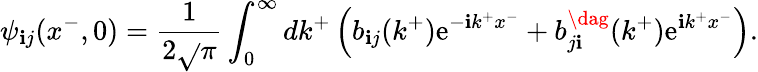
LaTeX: \psi_{\mathbf{i}j}(x^{-},0)=\frac{{1}}{{2\sqrt{}{{\pi}}}}\int_{0}^{\infty}dk^{+}\left(b_{\mathbf{i}j}(k^{+})\mathrm{{e}}^{-\mathbf{i}k^{+}x^{-}}+b_{j\mathbf{i}}^{\dag}(k^{+})\mathrm{{e}}^{\mathbf{i}k^{+}x^{-}}\right).